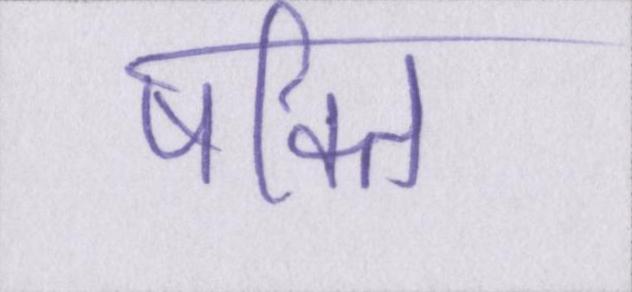
षक्ति